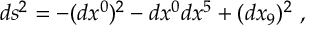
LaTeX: d s ^ { 2 } = - ( d x ^ { 0 } ) ^ { 2 } - d x ^ { 0 } d x ^ { 5 } + ( d x _ { 9 } ) ^ { 2 } \ ,